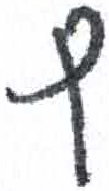
אות: ף